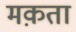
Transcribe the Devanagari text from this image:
मक़ता